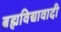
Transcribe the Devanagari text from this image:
ब्रह्मविद्यावादी